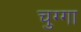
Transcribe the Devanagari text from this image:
चुग्गा